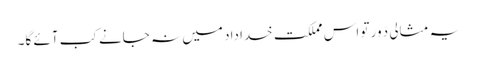
یہ مثالی دَور تو اس مملکت خداداد میں نہ جانے کب آئے گا۔